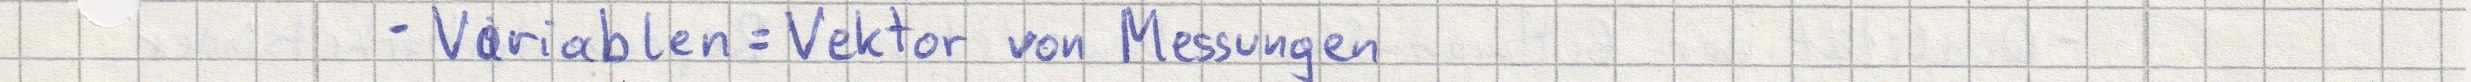
- Variablen = Vektor von Messungen